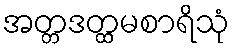
အတ္တဒတ္ထမစာရိသုံ